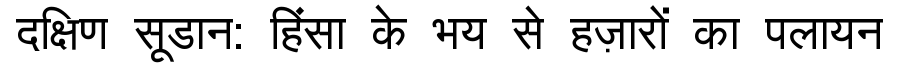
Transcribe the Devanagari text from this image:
दक्षिण सूडान: हिंसा के भय से हज़ारों का पलायन